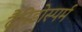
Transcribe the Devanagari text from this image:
टैरिडोस्पर्म